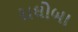
રાઘોબા